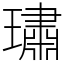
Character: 璛